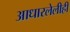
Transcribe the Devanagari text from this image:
आधारलेलीही